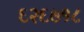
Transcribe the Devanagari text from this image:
६२६७१८